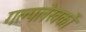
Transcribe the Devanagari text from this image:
गल्पलेखकों